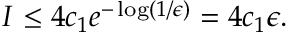
I \leq 4 c _ { 1 } e ^ { - \log ( 1 / \epsilon ) } = 4 c _ { 1 } \epsilon .